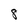
Character: 8